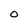
Character: O